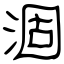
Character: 涸